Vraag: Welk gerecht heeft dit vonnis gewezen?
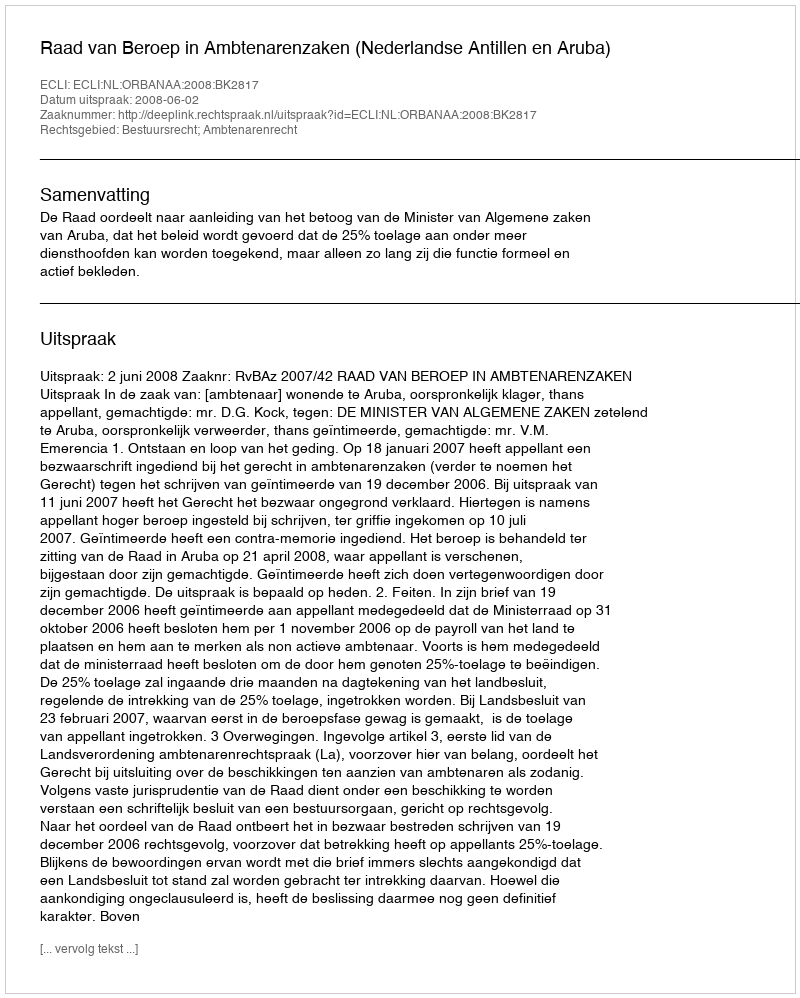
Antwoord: Raad van Beroep in Ambtenarenzaken (Nederlandse Antillen en Aruba)